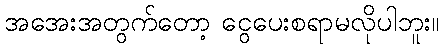
အအေးအတွက်တော့ ငွေပေးစရာမလိုပါဘူး။